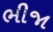
ભીજા